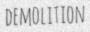
DEMOLITION